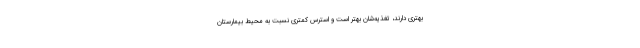
بهتری دارند، تغذیه‌شان بهتر است و استرس کمتری نسبت به محیط بیمارستان